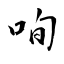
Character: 咰